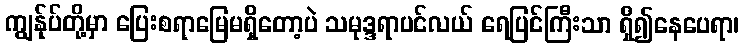
ကျွန်ုပ်တို့မှာ ပြေးစရာမြေမရှိတော့ပဲ သမုဒ္ဒရာပင်လယ် ရေပြင်ကြီးသာ ရှိ၍နေပေရာ၊